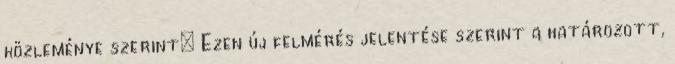
közleménye szerint: Ezen új felmérés jelentése szerint a határozott,